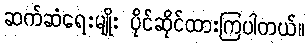
ဆက်ဆံရေးမျိုး ပိုင်ဆိုင်ထားကြပါတယ်။